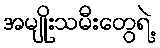
အမျိုးသမီးတွေရဲ့